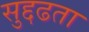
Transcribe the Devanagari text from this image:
सुद्दढता